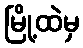
မြို့ထဲမှ